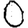
Digit: 0